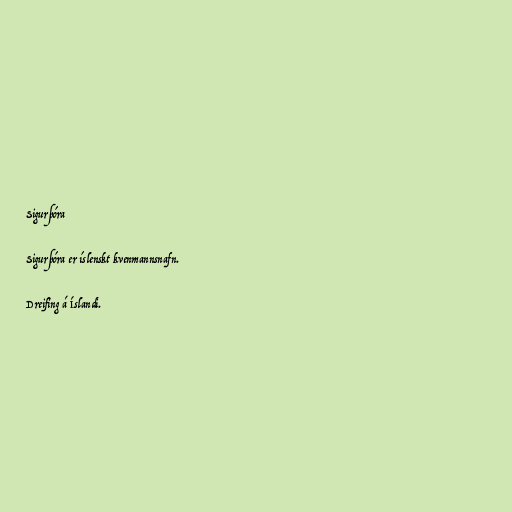
Sigurþóra

Sigurþóra er íslenskt kvenmannsnafn.

Dreifing á Íslandi.